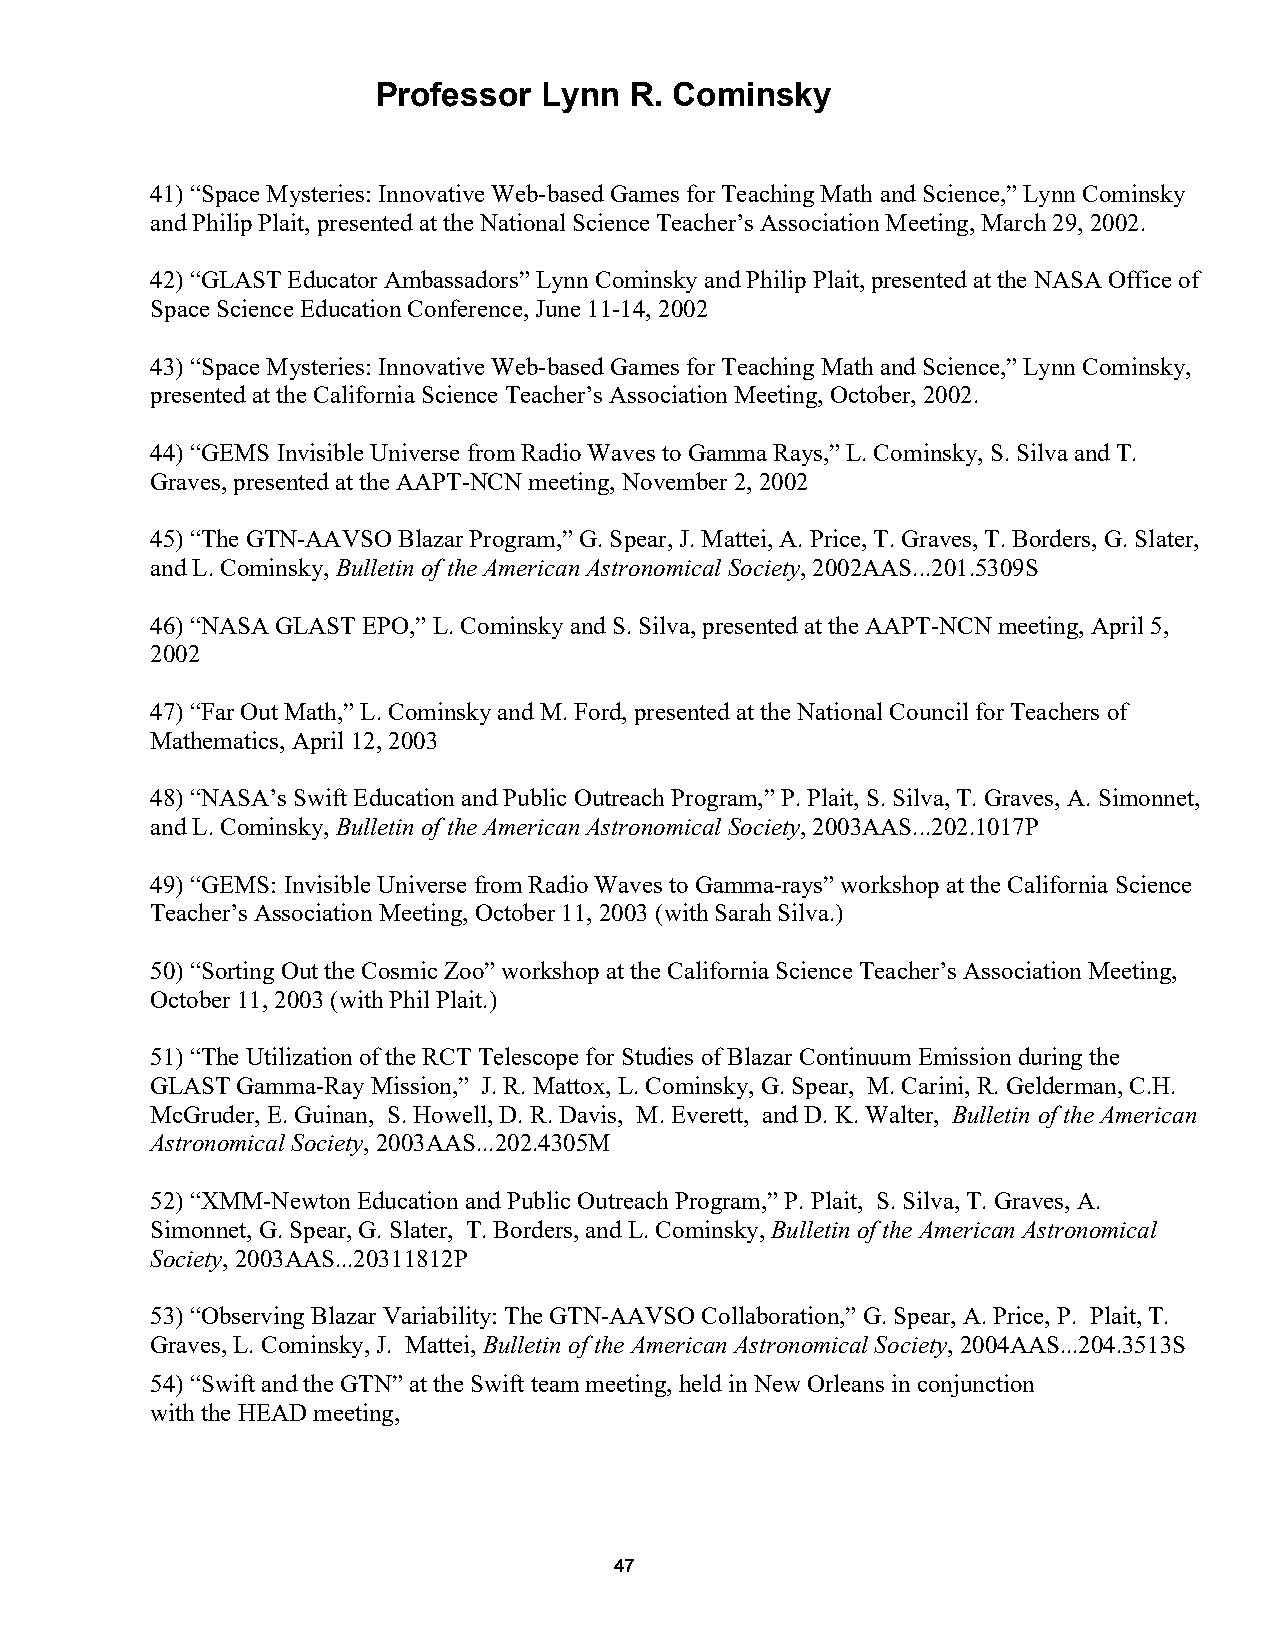
Professor  Lynn  R. Cominsky
 41) “Space Mysteries: Innovative Web-based Games for Teaching Math and Science,” Lynn Cominsky
 and Philip Plait, presented at the National Science Teacher’s Association Meeting, March 29, 2002.
 42) “GLAST Educator Ambassadors” Lynn Cominsky and Philip Plait, presented at the NASA Office of
 Space Science Education Conference, June 11-14, 2002
 43) “Space Mysteries: Innovative Web-based Games for Teaching Math and Science,” Lynn Cominsky,
 presented at the California Science Teacher’s Association Meeting, October, 2002.
 44) “GEMS Invisible Universe from Radio Waves to Gamma Rays,” L. Cominsky, S. Silva and T.
 Graves, presented at the AAPT-NCN meeting, November 2, 2002
 45) “The GTN-AAVSO Blazar Program,” G. Spear, J. Mattei, A. Price, T. Graves, T. Borders, G. Slater,
 and L. Cominsky, Bulletin of the American Astronomical Society, 2002AAS...201.5309S
 46) “NASA GLAST EPO,” L. Cominsky and S. Silva, presented at the AAPT-NCN meeting, April 5,
 2002
 47) “Far Out Math,” L. Cominsky and M. Ford, presented at the National Council for Teachers of
 Mathematics, April 12, 2003
 48) “NASA’s Swift Education and Public Outreach Program,” P. Plait, S. Silva, T. Graves, A. Simonnet,
 and L. Cominsky, Bulletin of the American Astronomical Society, 2003AAS...202.1017P
 49) “GEMS: Invisible Universe from Radio Waves to Gamma-rays” workshop at the California Science
 Teacher’s Association Meeting, October 11, 2003 (with Sarah Silva.)
 50) “Sorting Out the Cosmic Zoo” workshop at the California Science Teacher’s Association Meeting,
 October 11, 2003 (with Phil Plait.)
 51) “The Utilization of the RCT Telescope for Studies of Blazar Continuum Emission during the
 GLAST Gamma-Ray Mission,” J. R. Mattox, L. Cominsky, G. Spear, M. Carini, R. Gelderman, C.H.
 McGruder, E. Guinan, S. Howell, D. R. Davis, M. Everett, and D. K. Walter, Bulletin of the American
 Astronomical Society, 2003AAS...202.4305M
 52) “XMM-Newton Education and Public Outreach Program,” P. Plait, S. Silva, T. Graves, A.
 Simonnet, G. Spear, G. Slater, T. Borders, and L. Cominsky, Bulletin of the American Astronomical
 Society, 2003AAS...20311812P
 53) “Observing Blazar Variability: The GTN-AAVSO Collaboration,” G. Spear, A. Price, P. Plait, T.
 Graves, L. Cominsky, J. Mattei, Bulletin of the American Astronomical Society, 2004AAS...204.3513S
 54) “Swift and the GTN” at the Swift team meeting, held in New Orleans in conjunction
 with the HEAD meeting,
 47